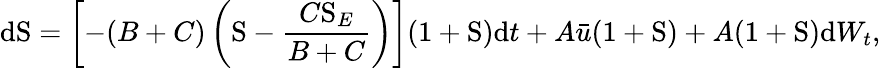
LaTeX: \mathrm{d}\mathrm{S}=\left[-(B+C)\left(\mathrm{S}-\frac{C\mathrm{S}_{E}}{B+C}\right)\right](1+\mathrm{S})\mathrm{d}t+A\bar{u}(1+\mathrm{S})+A(1+\mathrm{S})\mathrm{d}W_{t},